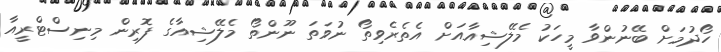
ހޯދުމަށް ބޭނުންވާ މީހަކު މެލޭޝިއާއަށް އެތެރެވިތޯ ނުވަތަ ނޫންތޯ މެލޭޝިއާގެ ފޮރިން މިނިސްޓްރީއާ